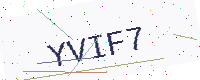
Text: YVIF7